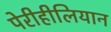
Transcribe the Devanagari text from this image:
पेरीहीलियान